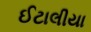
ઈટાલીયા